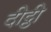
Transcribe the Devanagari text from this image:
दीट्ठी